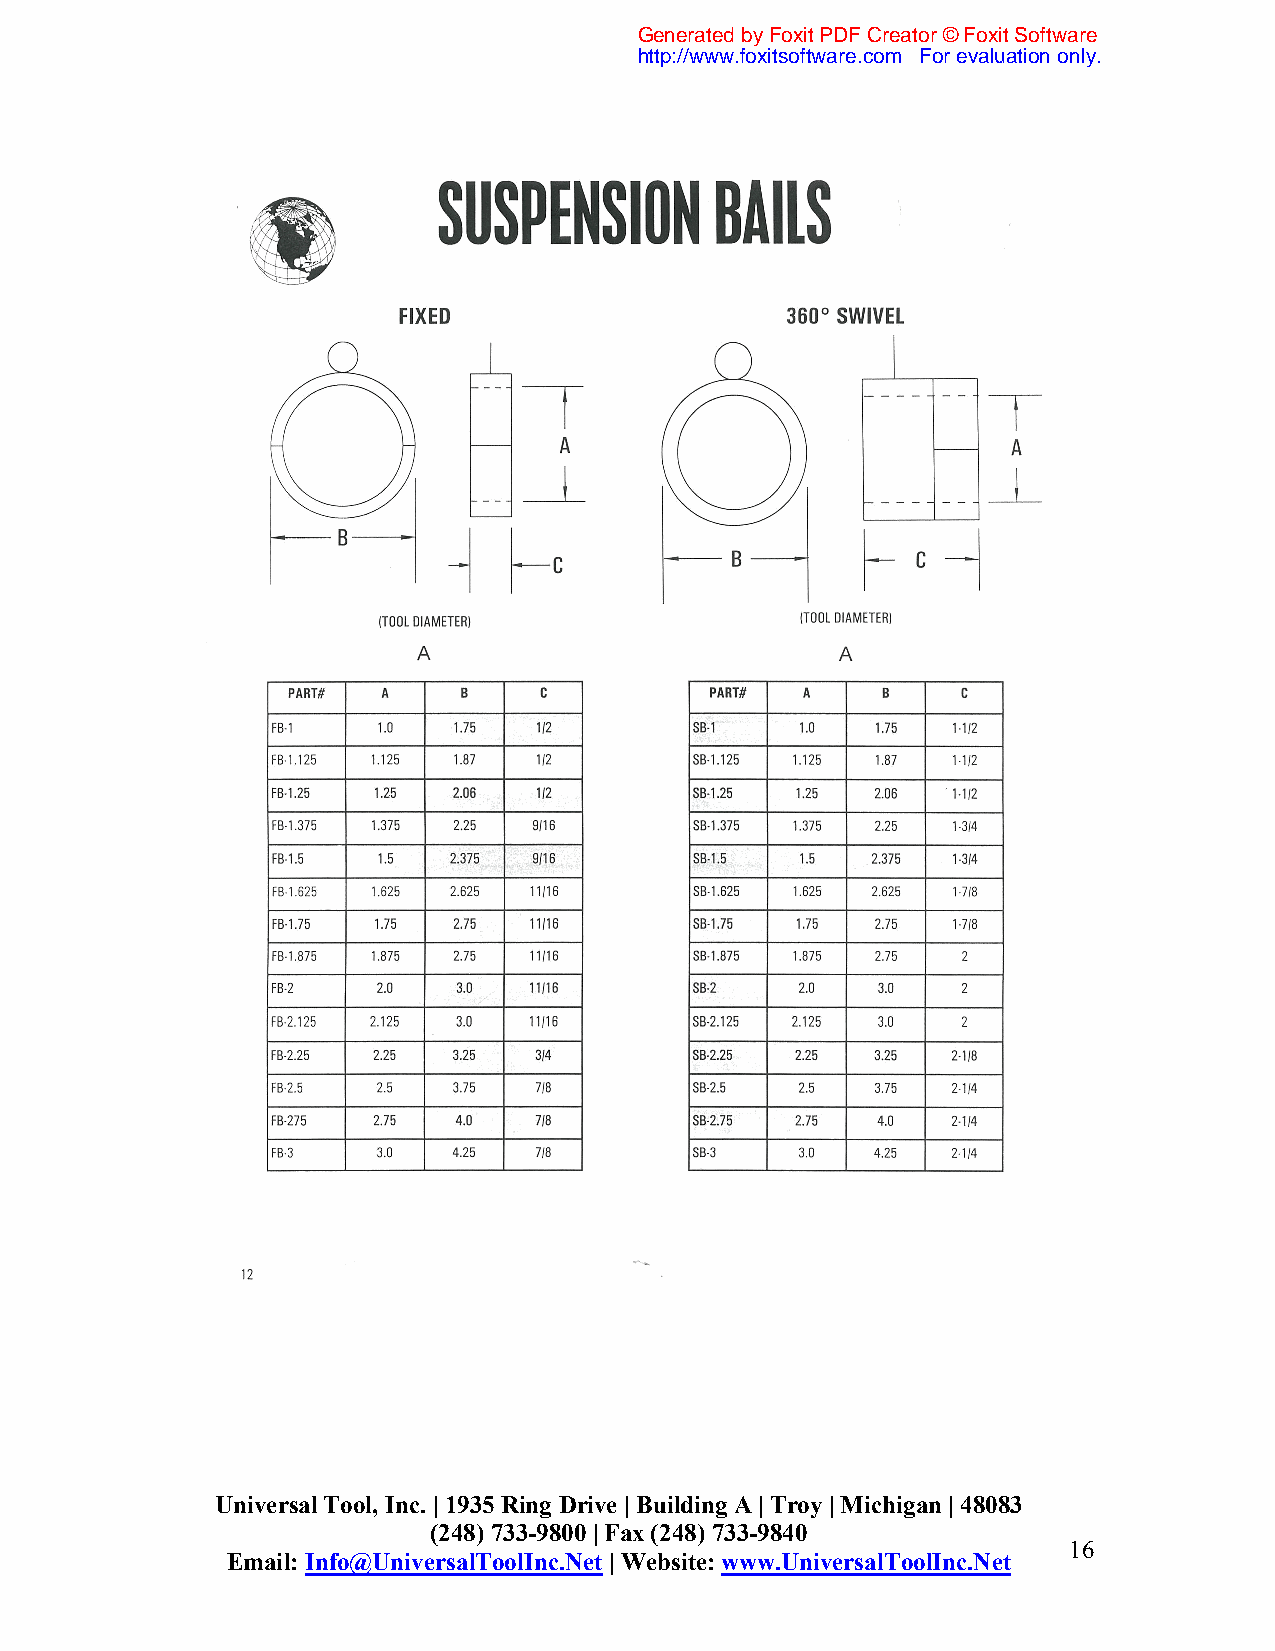
Generated by Foxit PDF Creator © Foxit Software
 http://www.foxitsoftware.com For evaluation only.
 Universal Tool, Inc. | 1935 Ring Drive | Building A | Troy | Michigan | 48083
 (248) 733-9800 | Fax (248) 733-9840
 16
 Email: Info@UniversalToolInc.Net | Website: www.UniversalToolInc.Net